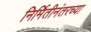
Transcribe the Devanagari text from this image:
निर्मितीनंतरच्‍या